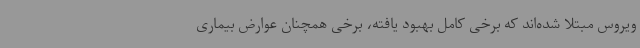
ویروس مبتلا شده‌اند که برخی کامل بهبود یافته، برخی همچنان عوارض بیماری